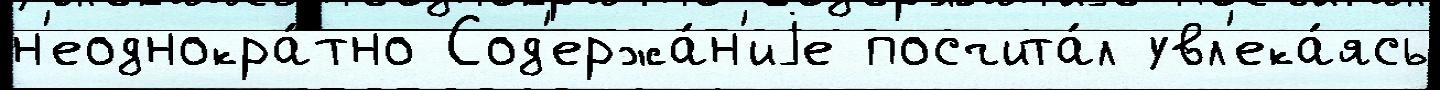
н'еоднокра́тно Сод'ержа́н'иjе посчита́л увл'ека́ясь